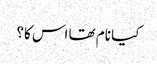
کیا نام تھا اس کا؟